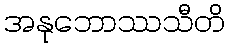
အနုဘောဿသီတိ